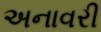
અનાવરી